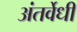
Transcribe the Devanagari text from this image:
अंतर्वेधी